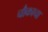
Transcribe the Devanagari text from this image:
चौकाचा